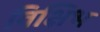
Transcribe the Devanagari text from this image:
विक्षिभ